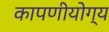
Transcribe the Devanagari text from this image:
कापणीयोग्य